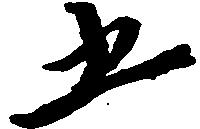
五